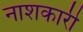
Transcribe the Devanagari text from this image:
नाशकारी